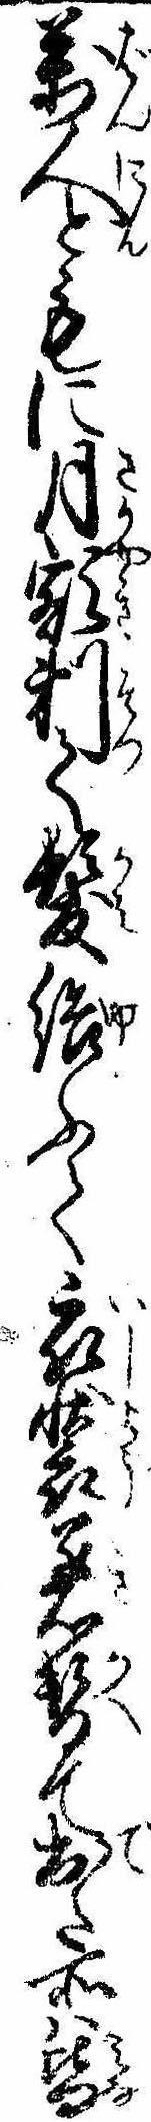
万人ともに月額剃て髪結ふて衣装着替て出た所は皆